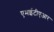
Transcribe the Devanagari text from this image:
एमईटीएआर